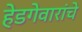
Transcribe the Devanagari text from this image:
हेडगेवारांचे